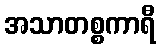
အသာတစ္စကာရီ